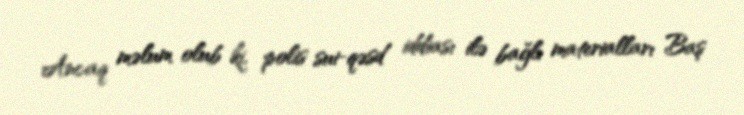
Ancaq məlum olub ki, polis sui-qəsd iddiası ilə bağlı materialları Baş